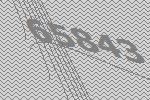
65843